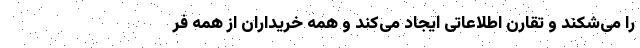
را می‌شکند و تقارن اطلاعاتی ایجاد می‌کند و همه خریداران از همه فر